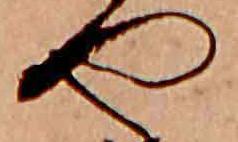
や